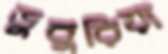
ডুবুরিয়া